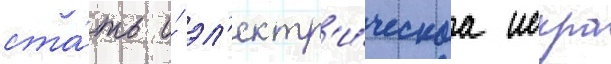
ста́ть и́ эл'ектр'и́ческаа искра